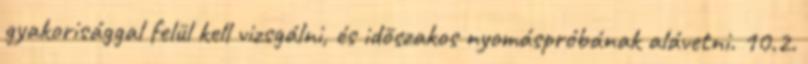
gyakorisággal felül kell vizsgálni, és idõszakos nyomáspróbának alávetni. 10.2.